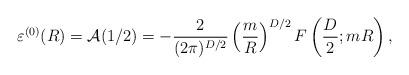
LaTeX: \begin{align*}\varepsilon^{(0)}(R)={\cal A}(1/2)=-\frac{2}{(2\pi)^{D/2}}\left(\frac{m}{R}\right)^{D/2}F\left(\frac{D}{2};mR\right),\end{align*}